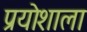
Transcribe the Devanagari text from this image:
प्रयोशाला